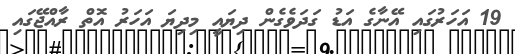
19 އަހަރުގައި އޭނާގެ އަޑު ގަދަވެގެން ދިޔައީ މިދިޔަ އަހަރު އޮތް ރާއްޖޭގައި